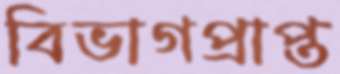
বিভাগপ্রাপ্ত